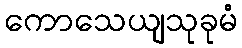
ကောသေယျသုခုမံ